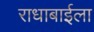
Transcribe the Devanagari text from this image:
राधाबाईला